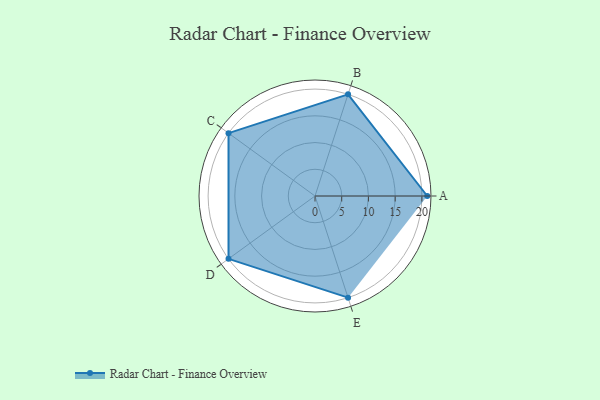
{"axis": {"x": "Skill", "y": "Score"}, "legend": ["Profile"], "data": [{"x": "A", "y": 21.0, "type": "Profile"}, {"x": "B", "y": 20, "type": "Profile"}, {"x": "C", "y": 20, "type": "Profile"}, {"x": "D", "y": 20, "type": "Profile"}, {"x": "E", "y": 20, "type": "Profile"}]}